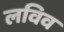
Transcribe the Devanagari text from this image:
लविव